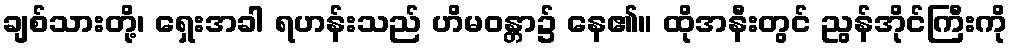
ချစ်သားတို့၊ ရှေးအခါ ရဟန်းသည် ဟိမဝန္တာ၌ နေ၏။ ထိုအနီးတွင် ညွန်အိုင်ကြီးကို